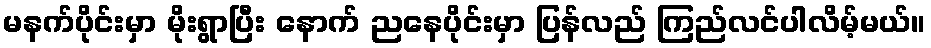
မနက်ပိုင်းမှာ မိုးရွာပြီး နောက် ညနေပိုင်းမှာ ပြန်လည် ကြည်လင်ပါလိမ့်မယ်။